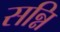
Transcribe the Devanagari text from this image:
सन्नि